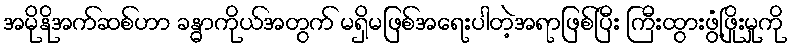
အမိုနိုအက်ဆစ်ဟာ ခန္ဓာကိုယ်အတွက် မရှိမဖြစ်အရေးပါတဲ့အရာဖြစ်ပြီး ကြီးထွားဖွံ့ဖြိုးမှုကို